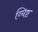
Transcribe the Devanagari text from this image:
व्यिष्ट